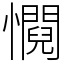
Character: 㦦